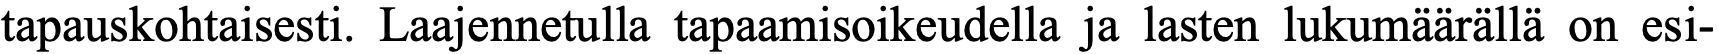
tapauskohtaisesti. Laajennetulla tapaamisoikeudella ja lasten lukumäärällä on esi-